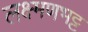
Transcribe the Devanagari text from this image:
लक्ष्मणभट्ट